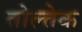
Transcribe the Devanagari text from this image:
तोल्तेक